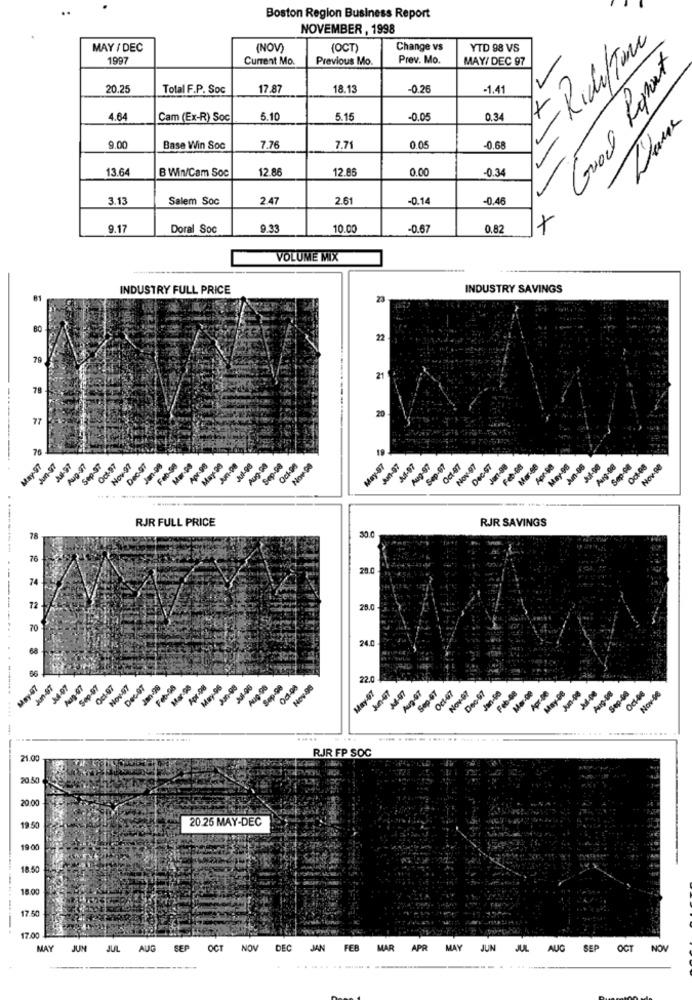
Boston Region Business Report
NOVEMBER , 1998
Riduttore
MAY / DEC
(NOV)
(OCT)
Change vs
YTD 98 VS
1997
Current Mo.
Previous Mo.
Prev. Mo.
MAY/ DEC 97
2
Good Report
20.25
Total F.P. Soc
17.87
18.13
-0.26
-1.41
4.64
Cam (Ex-R) Soc
5.10
5.15
-0.05
0.34
9.00
Base Win Soc
7.76
7.71
0.05
0.68
13.64
B Win/Cam Soc
12.86
12.85
0.00
-0.34
3.1
Salem Soc
2.47
2.61
-0.14
-0.46
9.17
Doral Soc
9.33
10.00
-0.67
0.82
VOLUME MIX
INDUSTRY FULL PRICE
INDUSTRY SAVINGS
23
80
22
70
21
78
20
77
76
Feb-08
May-97
Jun-97
A4-97
Aug-97
Sep-37
Och-97
Nov-97
Jan-98
Mar-99
May 00
Aug-99
Sep-08
Oct-98
Nov 09
May-87
Am-07
Ad-07
Aug-97
Sep-07
Oct-47
Nov 97
Dec-57
Jont-98
Mor-08
Apr-08
May 98
An-08
Jul-98
Aug-98
Sep-08
Oct-08
Nov-88
RJR FULL PRICE
RJR SAVINGS
78
76
28.0
74
72
25.0
70
24.0
May-47
Jun-97
A4-07
Aug-47
Sep-07
Oct-97
Dec-97
Jan-98
May-96
Aug-98
Sep-98
Nov-98
22.0
Nov 97
Mar a
May-07
Aug-07
Sep-07
Oct-47
Nov-O?
Dec-97
Jan-96
Feb-08
Apr -86
May-De
Jun-08
Aug-De
Sep-00
Nov-De
RJR FP SOC
21.00
20.50
20:00
20.25 MAY-DEC
19 50
19:00
18.50
18 00
17.50
--
17.00
MAY JUN JUL AUG SEP OCT NOV DEC JAN FEB MAR
APR MAY JUN JUL AUC SEP
OCT
NOV